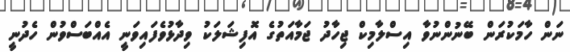
ނަން ހާމަކުރަން ބޭނުންނުވާ އިސްލާމިކް ޖިހާދު ޖަމާއަތުގެ އޮފިޝަލަކު ވިދާޅުވެފައިވަނީ އެއްބަސްވުން ހެދުނީ